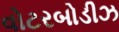
વોટરબોડીઝ